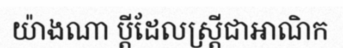
យ៉ាងណា ប្តីដែលស្ត្រីជាអាណិក